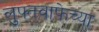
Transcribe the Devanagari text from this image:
लुफ्तवाफेच्या